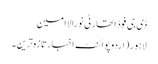
ڈی جی فوڈ اتھارٹی نورالاامین
لاہور(اردوپوائنٹ اخبارتازہ ترین۔